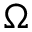
\Omega